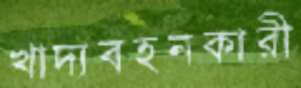
খাদ্যবহনকারী